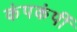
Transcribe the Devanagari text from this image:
कंपकंपीं